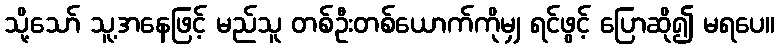
သို့သော် သူ့အနေဖြင့် မည်သူ တစ်ဦးတစ်ယောက်ကိုမျှ ရင်ဖွင့် ပြောဆို၍ မရပေ။